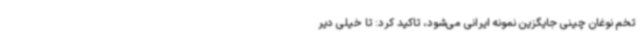
تخم نوغان چینی جایگزین نمونه ایرانی می‌شود، تاکید کرد: تا خیلی دیر